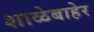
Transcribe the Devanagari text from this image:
शाळेबाहेर